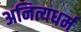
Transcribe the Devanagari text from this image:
अनित्यधर्म